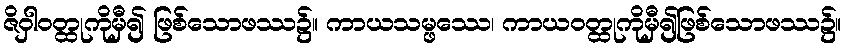
ဇိဝှါဝတ္ထုကိုမှီ၍ ဖြစ်သောဖဿ၌။ ကာယသမ္ဖဿေ၊ ကာယဝတ္ထုကိုမှီ၍ဖြစ်သောဖဿ၌။